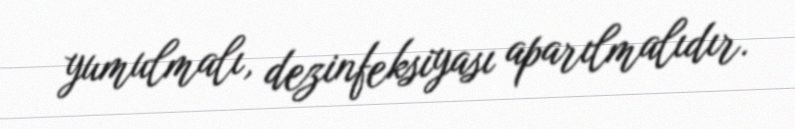
yumulmalı, dezinfeksiyası aparılmalıdır.